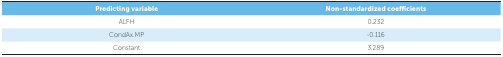
| Predicting variable | Non-standardized coefficients |
 | --- | --- |
 | ALFH | 0.232 |
 | CondAx.MP | -0.116 |
 | Constant | 3.289 |